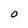
Character: O